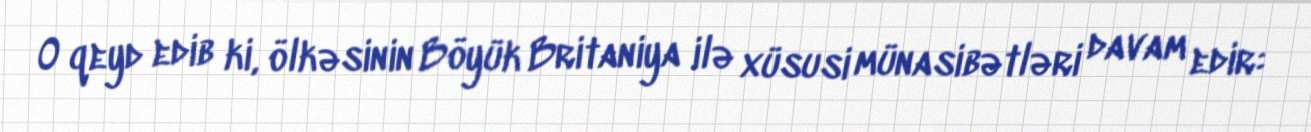
O qeyd edib ki, ölkəsinin Böyük Britaniya ilə xüsusi münasibətləri davam edir: